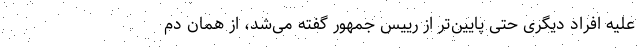
علیه افراد دیگری حتی پایین‌تر از رییس جمهور گفته می‌شد، از همان دم